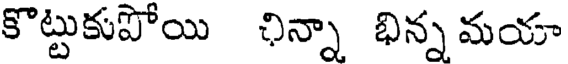
కొట్టుకుపోయి ఛిన్నా భిన్న మయా